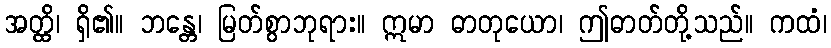
အတ္ထိ၊ ရှိ၏။ ဘန္တေ၊ မြတ်စွာဘုရား။ ဣမာ ဓာတုယော၊ ဤဓာတ်တို့သည်။ ကထံ၊